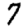
Digit: 7